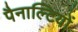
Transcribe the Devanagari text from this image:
पैनाल्टियों